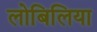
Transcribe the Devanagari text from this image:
लोबिलिया